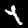
Digit: 4